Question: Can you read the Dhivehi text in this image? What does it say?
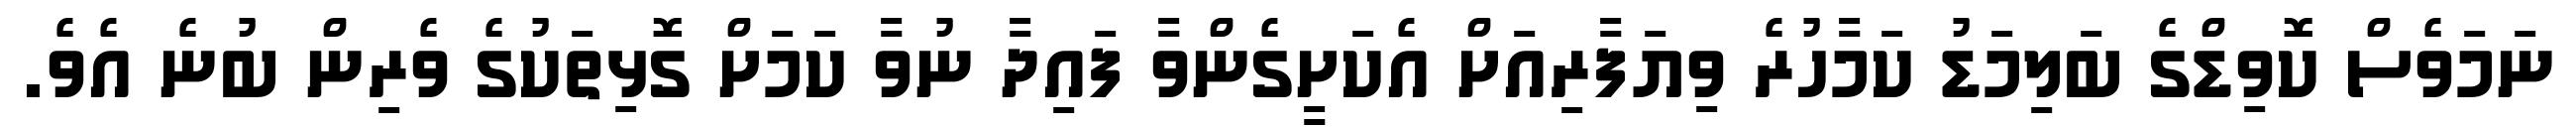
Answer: ނަމަވެސް ކޮވިޑްގެ ބަލިމަޑު ކަމާހުރެ ވިޔަފާރިއަށް އެކަށީގެންވާ ފައިދާ ނުވާ ކަމަށް ގޮޅިތަކުގެ ވެރިން ބުނެ އެވެ.